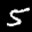
Label: 5